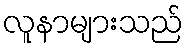
လူနာများသည်